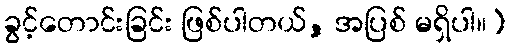
ခွင့်တောင်းခြင်း ဖြစ်ပါတယ်, အပြစ် မရှိပါ။)